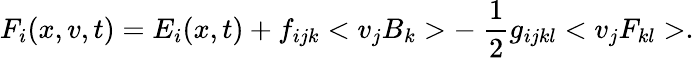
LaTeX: F_{i}(x,v,t)=E_{i}(x,t)+f_{ijk}<v_{j}B_{k}>-~\frac{1}{2}g_{ijkl}<v_{j}F_{kl}>.